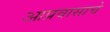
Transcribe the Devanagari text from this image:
आप्रवासाचे